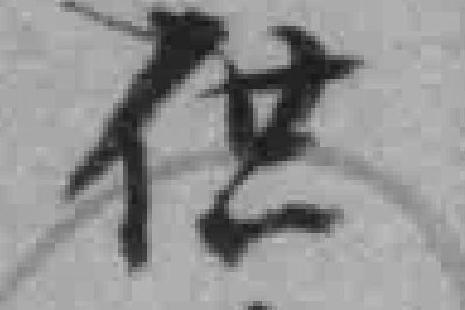
供